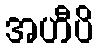
အဟီပိ